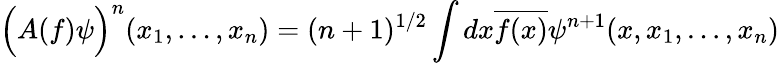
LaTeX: \Big(A(f)\psi\Big)^{n}(x_{1},\ldots,x_{n})=(n+1)^{1/2}\int dx\overline{{{f(x)}}}\psi^{n+1}(x,x_{1},\ldots,x_{n})